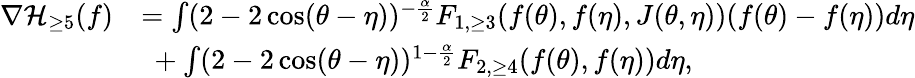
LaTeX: \begin{array}{rl}{\nabla\mathcal{H}_{\ge 5}(f)}&{=\int(2-2\cos(\theta-\eta))^{-\frac{\alpha}{2}}F_{1,\ge 3}(f(\theta),f(\eta),J(\theta,\eta))(f(\theta)-f(\eta))d\eta}\\ &{\ +\int(2-2\cos(\theta-\eta))^{1-\frac{\alpha}{2}}F_{2,\ge 4}(f(\theta),f(\eta))d\eta,}\end{array}